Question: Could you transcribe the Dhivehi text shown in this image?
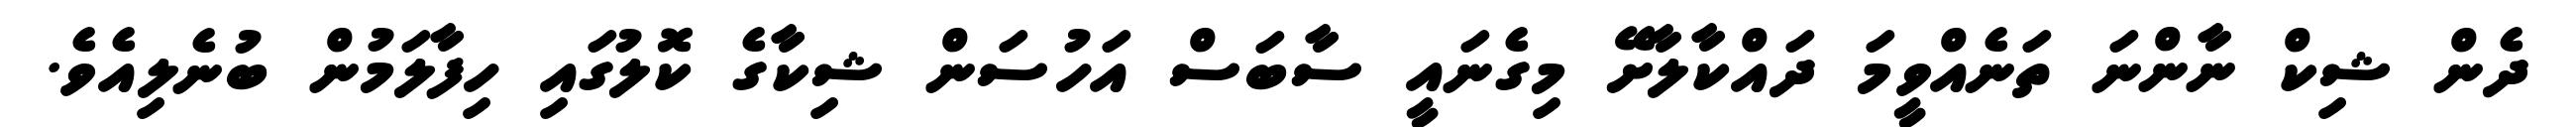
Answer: ދެން ޝިކް ނާންނަ ތަނެއްވީމަ ދައްކާލާށޭ މިގެނައީ ސާބަސް އަހުސަން ޝިކާގެ ކޮލުގައި ހިފާލަމުން ބުނެލިއެވެ.